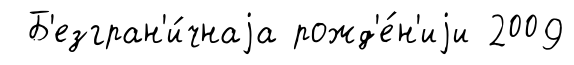
Б'езгран'и́чнаjа рожд'е́н'иjи 2009